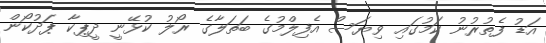
އަޑު ފެތުރުނު ކަމުގައި ވިޔަސް އެފިލްމުގެ ބަތަލާގެ ރޯލު ކުޅޭނީ ދީޕިކާ ޕަދުކޯން